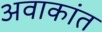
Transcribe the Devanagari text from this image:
अवाकांत